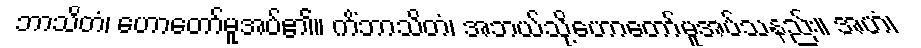
ဘာသိတံ၊ ဟောတော်မူအပ်၏။ ကိံဘာသိတံ၊ အဘယ်သို့ဟောတော်မူအပ်သနည်း။ အဟံ၊